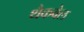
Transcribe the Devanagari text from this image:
थैकवेल